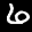
Label: 6